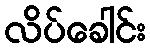
လိပ်ခေါင်း